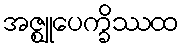
အဇ္ဈုပေက္ခိဿထ